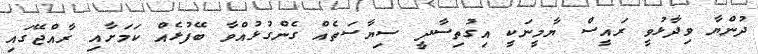
ދުންޔާ ވިދާޅުވީ ރައީސް ޔާމީނަކީ އިގުތިސާދީ ސިޔާސަތެއް ގެންގުޅުއްވާ ބޭފުޅެއް ކަމަށާއި ރާއްޖޭގައި